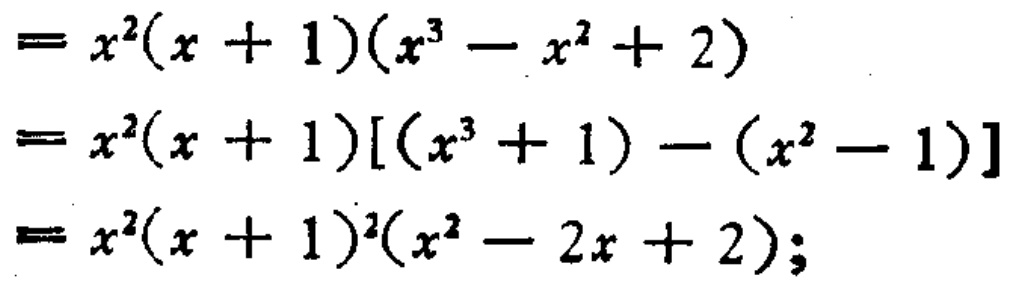
\[

\begin{align*}

&=x^{2}(x + 1)(x^{3}-x^{2}+2)\\

&=x^{2}(x + 1)[(x^{3}+1)-(x^{2}-1)]\\

&=x^{2}(x + 1)^{2}(x^{2}-2x + 2);

\end{align*}

\]